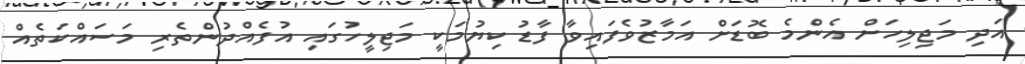
އަދި މަޖިލިހަށް އެންމެ ބޮޑަށް އަމާޒުވެފައިވާ ފާޑު ކިޔުމަކީ މަޖިލީހުގައި އުފެއްދުންތެރި މަސައްކަތެއް